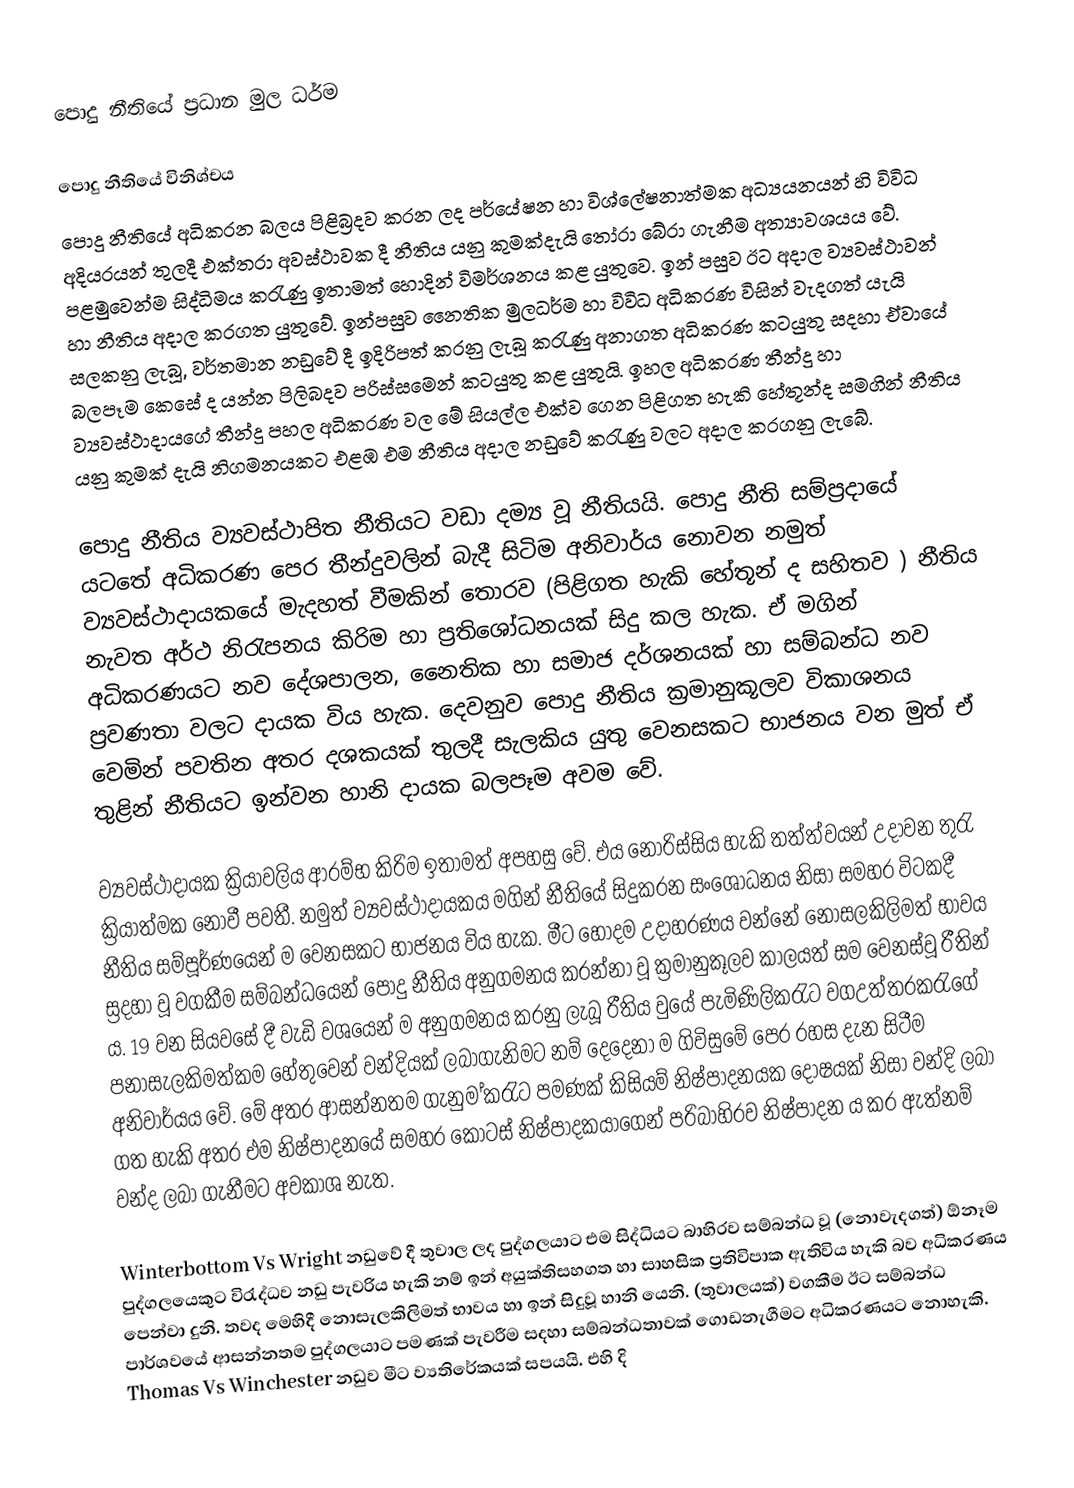
පොදු නීතියේ ප්‍රධාන මුල ධර්ම

පොදු නීතියේ විනිශ්චය
පොදු නීතියේ අධිකරන බලය පිළිබ්‍රදව කරන ලද පර්යේෂන හා විශ්ලේෂනාත්මක අධ්‍යයනයන් හි විවිධ අදියරයන් තුලදී  එක්තරා අවස්ථාවක දී නීතිය යනු කුමක්දැයි තෝරා බේරා ගැනීම අත්‍යාවශයය වේ. පළමුවෙන්ම සිද්ධිමය කරැණු ඉතාමත් හොදින් විමර්ශනය කළ යුතුවෙ. ඉන් පසුව ඊට අදාල ව්‍යවස්ථාවන් හා නීතිය අදාල කරගත යුතුවේ. ඉන්පසුව නෛතික මුලධර්ම හා විවිධ අධිකරණ විසින් වැදගත් යැයි සලකනු ලැබූ, වර්තමාන නඩුවේ දී ඉදිරිපත් කරනු ලැබූ කරැණු  අනාගත අධිකරණ කටයුතු සදහා ඒවායේ බලපෑම කෙසේ ද යන්න පිලිබදව පරිස්සමෙන් කටයුතු කළ යුතුයි. ඉහල අධිකරණ තීන්දු හා ව්‍යවස්ථාදායගේ  තීන්දු පහල අධිකරණ වල මේ සියල්ල එක්ව ගෙන පිළිගත හැකි හේතූන්ද සමගින් නීතිය යනු කුමක් දැයි නිගමනයකට එළඹ එම නීතිය අදාල නඩුවේ කරැණු වලට අදාල කරගනු ලැබේ.

පොදු නීතිය ව්‍යවස්ථාපිත නීතියට වඩා දම්‍ය වූ නීතියයි. පොදු නීති සම්ප්‍රදායේ යටතේ අධිකරණ පෙර තීන්දුවලින් බැදී සිටිම අනිවාර්ය නොවන නමුත් ව්‍යවස්ථාදායකයේ මැදහත් වීමකින් තොරව (පිළිගත හැකි හේතූන් ද සහිතව ) නීතිය නැවත අර්ථ නිරැපනය කිරිම හා ප්‍රතිශෝධනයක් ‍සිදු කල  හැක. ඒ මගින් අධිකරණයට නව දේශපාලන, නෛතික හා සමාජ දර්ශනයක් හා සම්බන්ධ නව ප්‍රවණතා වලට දායක විය හැක. දෙවනුව පොදු නීතිය ක්‍රමානුකූලව විකාශනය වෙමින් පවතින අතර දශකයක් තුලදී සැලකිය යුතු වෙනසකට භාජනය වන මුත් ඒ තුළින් නීතියට ඉන්වන හානි දායක බලපෑම අවම වේ.

ව්‍යවස්ථාදායක ක්‍රියාවලිය ආරම්භ කිරිම ඉතාමත් අපහසු වේ. එය නොරිස්සිය හැකි තත්ත්වයන් උදාවන තුරැ ක්‍රියාත්මක නොවී පවතී. නමුත් ව්‍යවස්ථාදායකය මගින් නීතියේ සිදුකරන සංශෝධනය නිසා සමහර විටකදී නීතිය සම්පූර්ණයෙන් ම වෙනසකට භාජනය විය හැක. මීට හොදම උදාහරණය වන්නේ නොසලකිලිමත් භාවය ස්‍රදහා වූ වගකීම සම්බන්ධයෙන් පොදු නීතිය අනුගමනය කරන්නා වූ ක්‍රමානුකූලව කාලයත් සම වෙනස්වූ රීතින් ය. 19 වන සියවසේ දී වැඩි වශයෙන් ම අනුගමනය කරනු ලැබූ රීතිය වුයේ පැමිණිලිකරැ‍ට වගඋත්තරකරැගේ පනාසැලකිමත්කම හේතුවෙන් වන්දියක් ලබාගැනිමට නම් දෙදෙනා ම ගිවිසුමේ පෙර රහස දැන සිටීම අනිවාර්යය වේ. මේ අතර ආසන්නතම ගැනුම ්කරැට පමණක් කිසියම් නිෂ්පාදනයක දෝෂයක් නිසා වන්දි ලබා ගත හැකි අතර එම නිෂ්පාදනයේ සමහර කොටස් නිෂ්පාදකයාගෙන් පරිබාහිරව නිෂ්පාදන ය කර ඇත්නම් වන්ද ලබා ගැනීමට අවකාශ නැත.

Winterbottom Vs Wright නඩුවේ දී තුවාල ලද පුද්ගලයාට එම සිද්ධියට බාහිරව සම්බන්ධ වූ (නොවැදගත්) ඕනෑම පුද්ගලයෙකුට විරැද්ධව නඩු පැවරිය හැකි නම් ඉන් අයුක්තිසහගත හා සාහසික ප්‍රතිවිපාක ඇතිවිය හැකි බව අධිකරණය පෙන්වා දුනි. තවද  මෙහිදී නොසැලකිලිමත් භාවය හා ඉන් සිදුවූ හානි යෙනි. (තුවාලයක්) වගකීම ඊට සම්බන්ධ පාර්ශවයේ ආසන්නතම පුද්ගලයාට  පමණක් පැවරීම සදහා සම්බන්ධතාවක් ගොඩනැගීමට අධිකරණයට නොහැකි. Thomas Vs Winchester  නඩුව මීට ව්‍යතිරේකයක් සපයයි. එහි දි